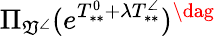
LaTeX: \Pi_{\mathfrak{V}^{\angle}}(e^{T_{**}^{0}+\lambda T_{**}^{\angle}})^{\dag}